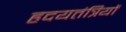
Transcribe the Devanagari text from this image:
हृदयतंत्रियों